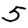
Digit: 5